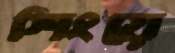
শিংয়ে